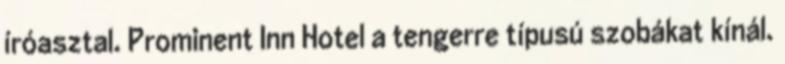
íróasztal. Prominent Inn Hotel a tengerre típusú szobákat kínál.